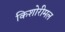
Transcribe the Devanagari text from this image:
किशोरीमल